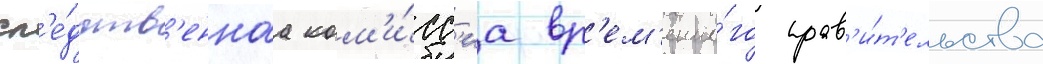
сл'е́дств'еннаа ком'и́сс'иа вр'ем'енно́го прав'и́т'ельства